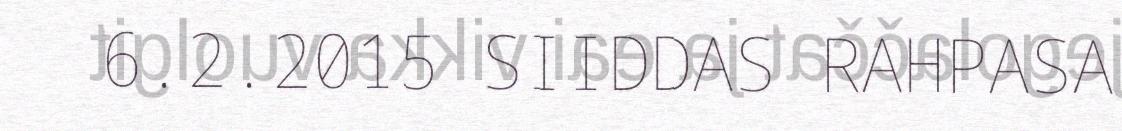
6.2.2015 SIIDDAS RAHPASA